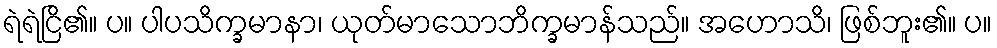
ရဲရဲငြိ၏။ ပ။ ပါပသိက္ခမာနာ၊ ယုတ်မာသောဘိက္ခမာန်သည်။ အဟောသိ၊ ဖြစ်ဘူး၏။ ပ။